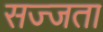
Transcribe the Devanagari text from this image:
सज्जता